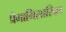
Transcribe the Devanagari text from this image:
प्रेमाभिसारिका